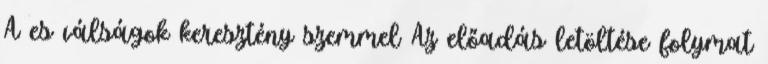
A es válságok keresztény szemmel Az előadás letöltése folymat